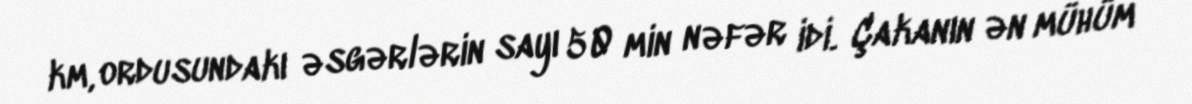
km, ordusundakı əsgərlərin sayı 50 min nəfər idi. Çakanın ən mühüm